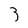
Character: 3